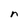
Character: n